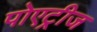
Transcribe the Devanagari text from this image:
पोएट्रीज